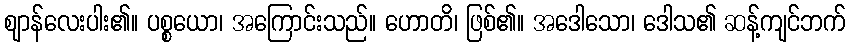
ဈာန်လေးပါး၏။ ပစ္စယော၊ အကြောင်းသည်။ ဟောတိ၊ ဖြစ်၏။ အဒေါသော၊ ဒေါသ၏ ဆန့်ကျင်ဘက်